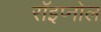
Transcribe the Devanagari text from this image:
रॉइप्नोल